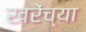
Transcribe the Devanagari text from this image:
खरेंच्या